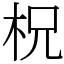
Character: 柷